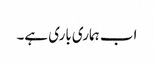
اب ہماری باری ہے۔